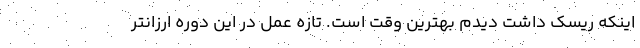
اینکه ریسک داشت دیدم بهترین وقت است. تازه عمل در این دوره ارزانتر